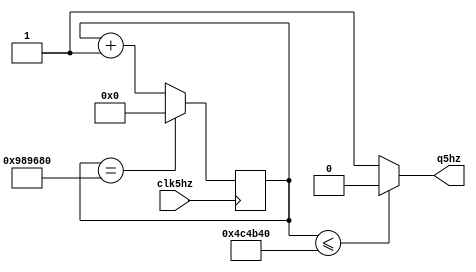
`timescale 1ns / 1ps
//////////////////////////////////////////////////////////////////////////////////
// Company: 
// Engineer: 
// 
// Design Name: 
// Module Name:    tanso5hz 
// Project Name: 
// Target Devices: 
// Tool versions: 
// Description: 
//
// Dependencies: 
//
// Revision: 
// Revision 0.01 - File Created
// Additional Comments: 
//
//////////////////////////////////////////////////////////////////////////////////
module tanso5hz
#(parameter M=10000000)
(
input clk5hz,
output q5hz
    );	 
	 
reg [30:0] r_reg;
wire [30:0] r_next;

initial r_reg = 0;
always @(posedge clk5hz)
	begin
		r_reg = r_next;
	end
assign r_next = (r_reg==M)?0:r_reg+1;
assign q5hz = (r_reg<=M/2)?0:1;

endmodule